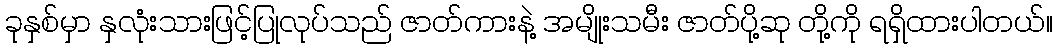
ခုနှစ်မှာ နှလုံးသားဖြင့်ပြုလုပ်သည် ဇာတ်ကားနဲ့ အမျိုးသမီး ဇာတ်ပို့ဆု တို့ကို ရရှိထားပါတယ်။